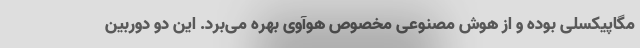
مگاپیکسلی بوده و از هوش مصنوعی مخصوص هوآوی بهره می‌برد. این دو دوربین